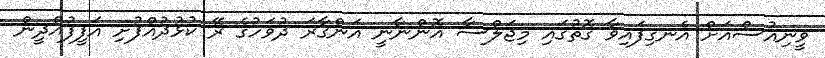
ވީނިއުސްއަށް އެނގިފައިވާ ގޮތުގައި މިޖަލްސާ އޮންނާނީ އަންގާރަ ދުވަހުގެ ރޭ ކުޅުދުއްފުށި އަފީފުއްދީން